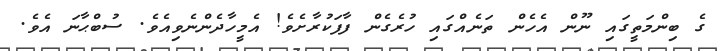
ގެ ބިންމަތީގައި ނޫން އެހެން ތަނެއްގައި ހުރެގެން ފާފަކުރާށެވެ! އެމީހާދެންނެވިއެވެ. ސުބްޙާނަ އެވެ.